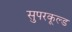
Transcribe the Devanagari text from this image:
सुपरकूल्ड